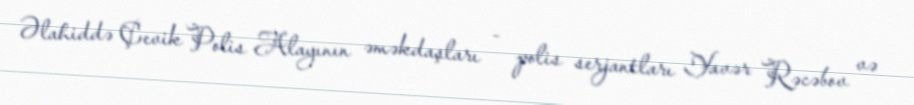
Əlahiddə Çevik Polis Alayının əməkdaşları - polis serjantları Yavər Rəcəbov və